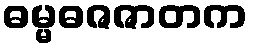
ဓမ္မဓဇဇာတက